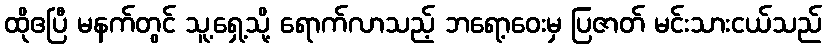
ထိုဧပြီ မနက်တွင် သူ့ရှေ့သို့ ရောက်လာသည့် ဘရော့ဝေးမှ ပြဇာတ် မင်းသားငယ်သည်